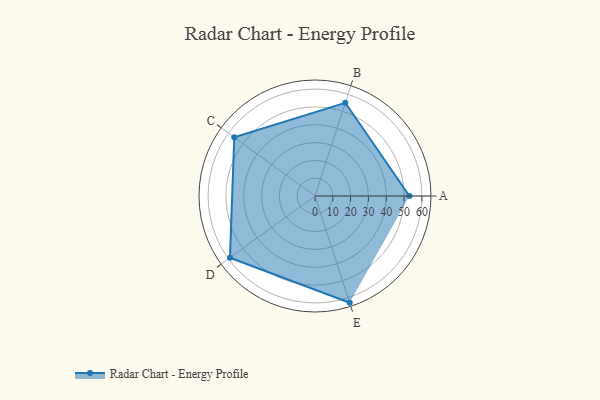
{"axis": {"x": "Skill", "y": "Score"}, "legend": ["Profile"], "data": [{"x": "A", "y": 53.0, "type": "Profile"}, {"x": "B", "y": 55.0, "type": "Profile"}, {"x": "C", "y": 56.0, "type": "Profile"}, {"x": "D", "y": 59.0, "type": "Profile"}, {"x": "E", "y": 63.0, "type": "Profile"}]}